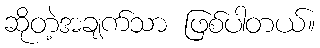
ဆိုတဲ့အချက်သာ ဖြစ်ပါတယ်။